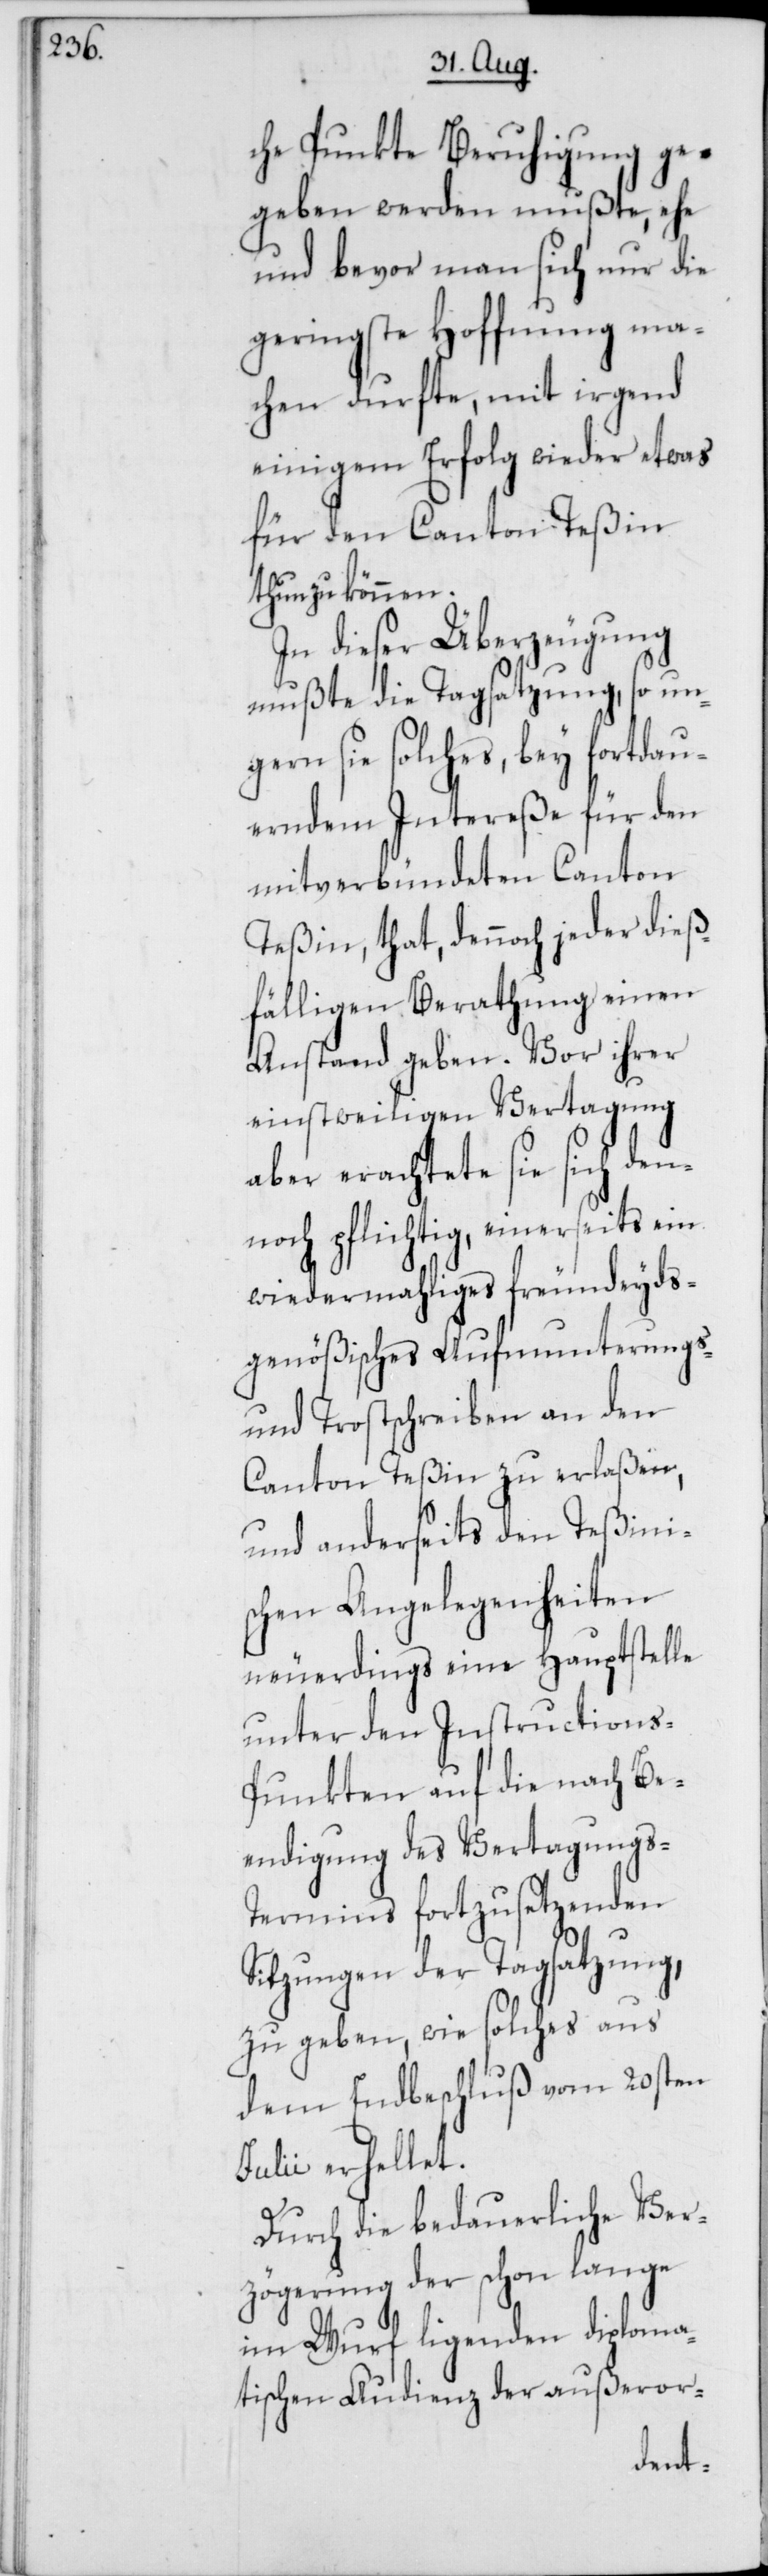
che Punkte Beruhigung ge¬
geben werden mußte, ehe
und bevor man sich nur die
geringste Hoffnung ma¬
chen durfte, mit irgend
einigem Erfolg wieder etwas
für den Canton Teßin
thun zu können.
In dieser Überzeugung
mußte die Tagsatzung, so ung¬
ern sie solches, bey fortdau¬
erndem Intereße für den
mitverbündeten Canton
Teßin that, dennoch jeder dieß¬
fälligen Berathung einen
Anstand geben. Vor ihrer
einstweiligen Vertagung
aber erachtete sie sich den¬
noch pflichtig, einerseits ein
wiedermahliges freundeyds¬
genößisches Aufmunterungs-
und Trostschreiben an den
Canton Teßin zu erlaßen,
und anderseits den Teßini¬
schen Angelegenheiten
neuerdings eine Hauptstelle
unter den Instructions-P¬
unkten auf die nach Be¬
endigung des Vertagungs-T¬
ermins fortzusetzenden
Sitzungen der Tagsatzung,
zu geben, wie solches aus
dem Endbeschluß vom 20sten
Julii erhellet.
Durch die bedauerliche Ver¬
zögerung der schon lange
im Wurf ligenden diploma¬
tischen Audienz der außeror-